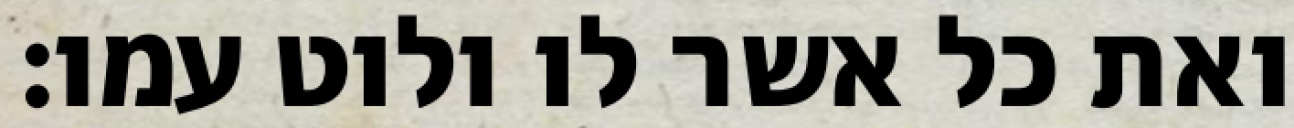
ואת כל אשר לו ולוט עמו׃